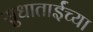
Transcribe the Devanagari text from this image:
सुधाताईंच्या